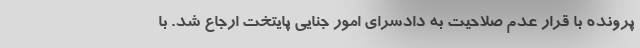
پرونده با قرار عدم صلاحیت به دادسرای امور جنایی پایتخت ارجاع شد. با